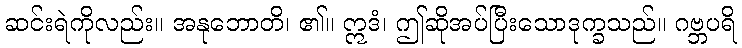
ဆင်းရဲကိုလည်း။ အနုဘောတိ၊ ၏။ ဣဒံ၊ ဤဆိုအပ်ပြီးသောဒုက္ခသည်။ ဂဗ္ဘပရိ